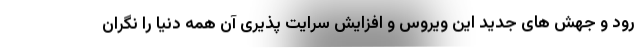
رود و جهش های جدید این ویروس و افزایش سرایت پذیری آن همه دنیا را نگران